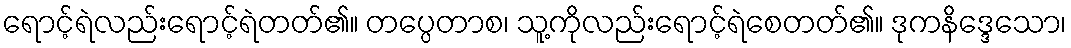
ရောင့်ရဲလည်းရောင့်ရဲတတ်၏။ တပ္ပေတာစ၊ သူ့ကိုလည်းရောင့်ရဲစေတတ်၏။ ဒုကနိဒ္ဒေသော၊